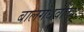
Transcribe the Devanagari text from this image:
बालगंधर्वांचं